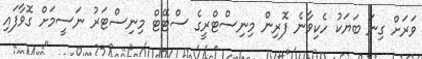
ވަރަށް ގިނަ ބަޔަކު ހެކިވާނެ ފޮރިން މިނިސްޓްރީގެ ސްޓޭޓް މިނިސްޓަރު ނަސީމަށް ގޮވާފައި